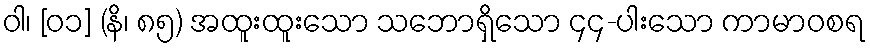
ဝါ၊ [၀၁] (နိ၊ ၈၅) အထူးထူးသော သဘောရှိသော ၄၄-ပါးသော ကာမာဝစရ